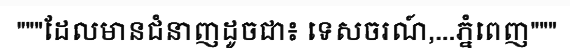
"""ដែលមានជំនាញដូចជា៖ ទេសចរណ៍,...ភ្នំពេញ"""